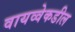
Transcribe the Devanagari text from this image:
वायव्वेकडील